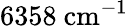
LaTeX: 6358~\mathrm{cm^{-1}}